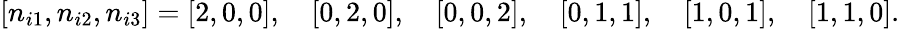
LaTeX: [n_{i1},n_{i2},n_{i3}]=[2,0,0],\quad[0,2,0],\quad[0,0,2],\quad[0,1,1],\quad[1,0,1],\quad[1,1,0].